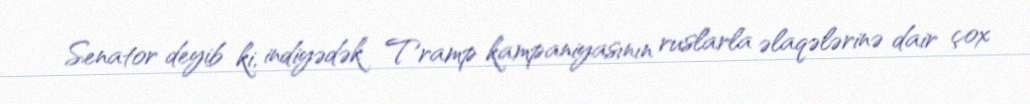
Senator deyib ki, indiyədək Tramp kampaniyasının ruslarla əlaqələrinə dair çox